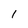
Character: I